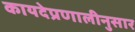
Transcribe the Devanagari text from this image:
कायदेप्रणालीनुसार